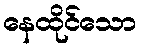
နေထိုင်သော